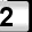
Digit: 2